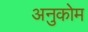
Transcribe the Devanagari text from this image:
अनुकोम